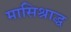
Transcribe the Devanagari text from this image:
मासिश्राद्ध